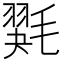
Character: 𰚭